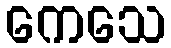
ကေသေ